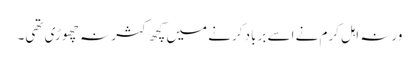
ورنہ اہل کرم نے اسے برباد کرنے میں کچھ کثر نہ چھوڑی تھی۔